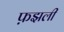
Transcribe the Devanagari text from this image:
फ़झली